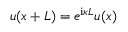
u ( x + L ) = e ^ { \mathrm { i } \kappa L } u ( x )